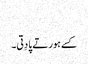
‏
کسے ہور تے پا دِتی۔